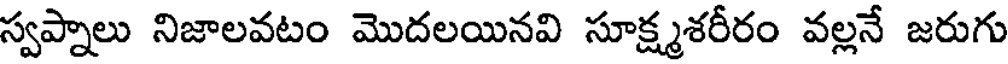
స్వప్నాలు నిజాలవటం మొదలయినవి సూక్ష్మశరీరం వల్లనే జరుగు